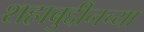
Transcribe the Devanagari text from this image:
शहाबुद्दीनच्या